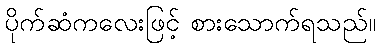
ပိုက်ဆံကလေးဖြင့် စားသောက်ရသည်။